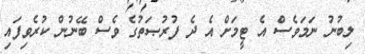
ލިބުނު ނަމަވެސް އެ ޓީމަށް އެ ދެ ފުރުޞަތުގެ ވެސް ބޭނުން ކުރެވިފައި